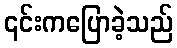
၎င်းကပြောခဲ့သည်